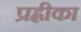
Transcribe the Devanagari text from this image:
प्रह्लीका